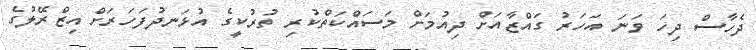
ދެހާސް ދިހަ ވަނަ އަހަރު ގައްޒާއަށް ދިއުމަށް މަސައްކަތްކުރި ތުރުކީގެ އުޅަނދުފަހަރަށް އިޒްރޭލުގެ